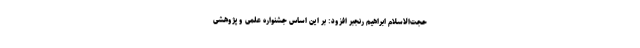
حجت‌الاسلام ابراهیم رنجبر افزود: بر این اساس جشنواره علمی و پژوهشی